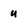
Character: u